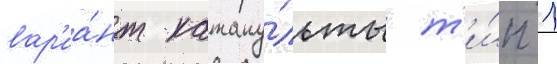
вар'иа́нт катапу́льты т'и́п 1